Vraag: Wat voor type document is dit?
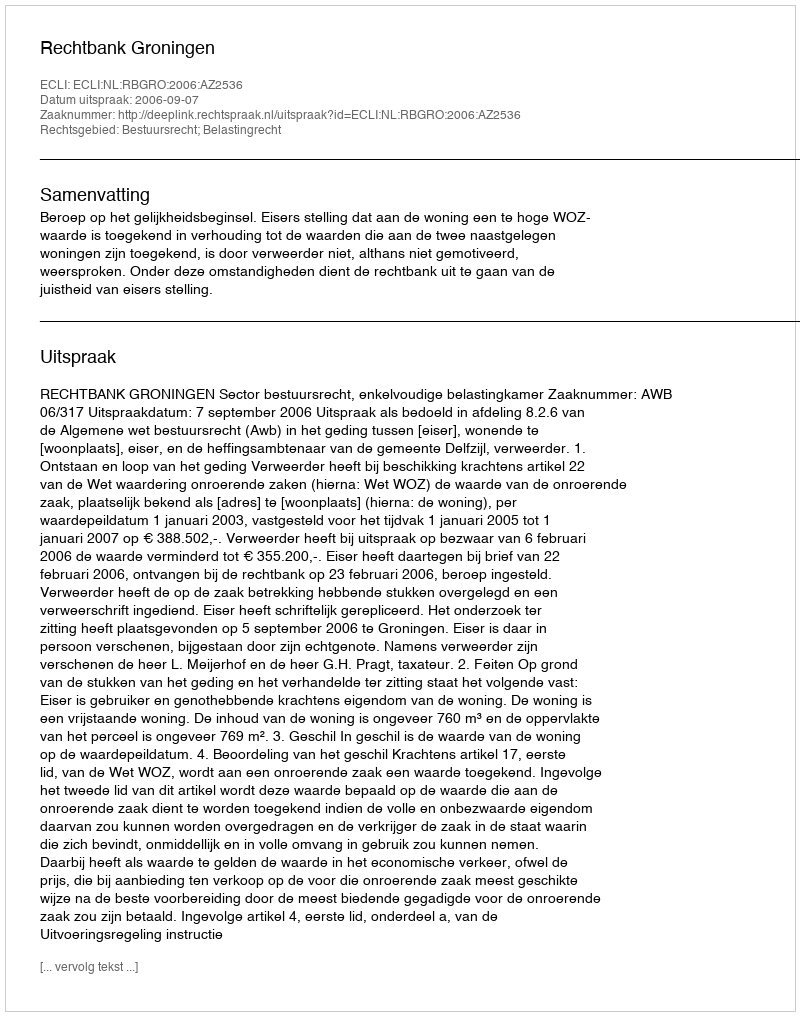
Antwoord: Uitspraak